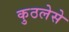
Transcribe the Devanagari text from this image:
कुठलेसे